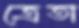
ত্রেতা